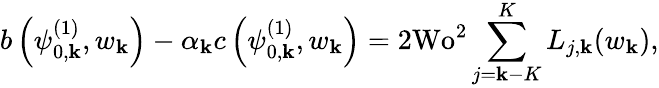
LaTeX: b\left(\psi_{0,\mathbf{k}}^{(1)},w_{\mathbf{k}}\right)-\alpha_{\mathbf{k}}c\left(\psi_{0,\mathbf{k}}^{(1)},w_{\mathbf{k}}\right)=2\textrm{{Wo}}^{2}\sum_{j=\mathbf{k}-K}^{K}L_{j,\mathbf{k}}(w_{\mathbf{k}}),